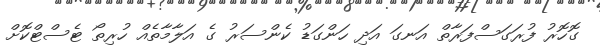
ގޮހޮރު ފުރަގަސްފަރާތް އަނގަ އަދި ހަންގަޑު ކެންސަރު ގެ އަލާމާތެއް ހުރިތޯ ޓެސްޓްކޮށް